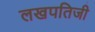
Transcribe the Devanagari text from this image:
लखपतिजी